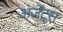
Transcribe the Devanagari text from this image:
अजेंट्स